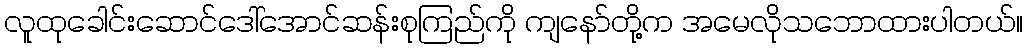
လူထုခေါင်းဆောင်ဒေါ်အောင်ဆန်းစုကြည်ကို ကျနော်တို့က အမေလိုသဘောထားပါတယ်။